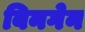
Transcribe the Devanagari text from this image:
बिनगेन